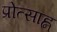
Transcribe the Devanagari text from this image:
प्रोत्साह्न